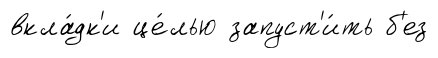
вкла́дк'и це́лью запуст'и́ть б'ез